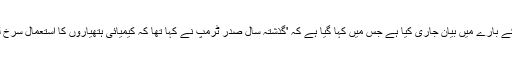
اسرائیل نے شام پر فضائی حملوں کے بارے میں بیان جاری کیا ہے جس میں کہا گیا ہے کہ 'گذشتہ سال صدر ٹرمپ نے کہا تھا کہ کیمیائی ہتھیاروں کا استعمال سرخ لکیر عبور کرنے کے مترادف ہے۔